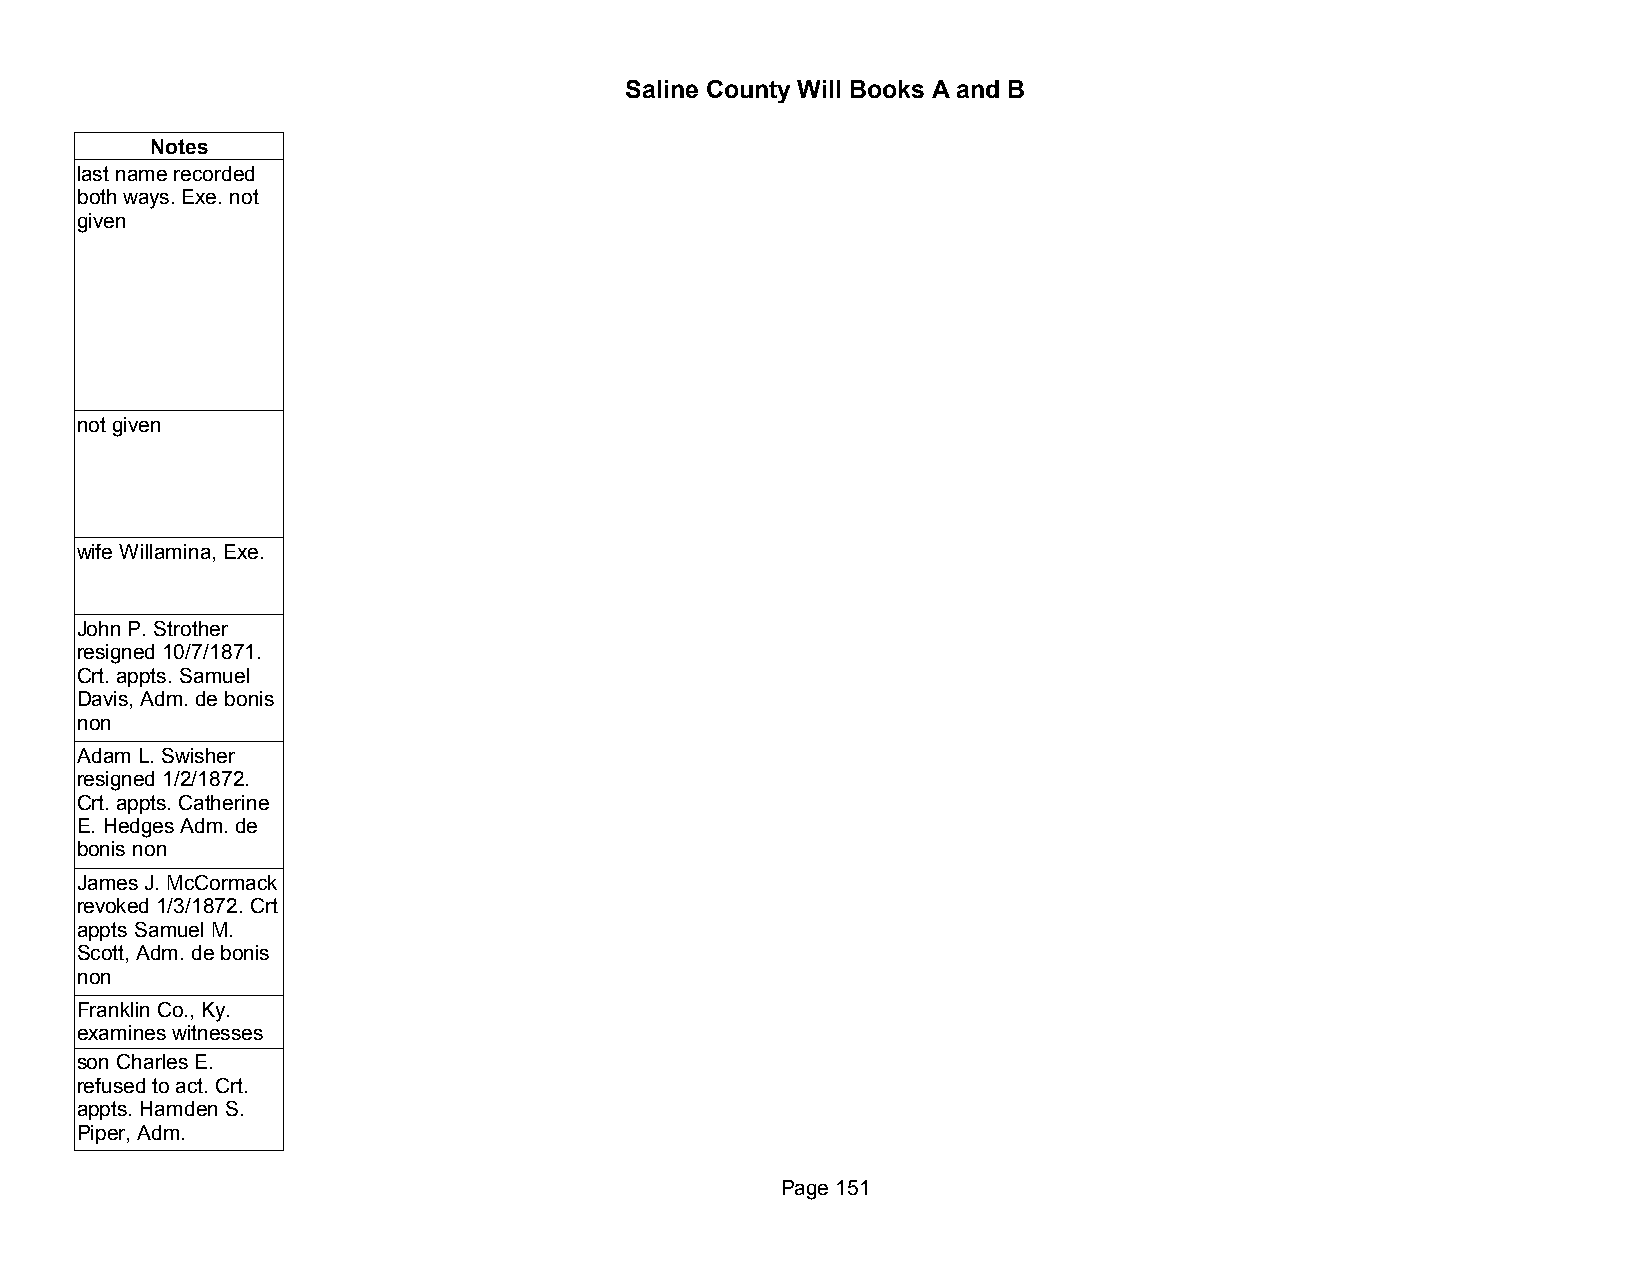
Saline County Will Books A and B
 Notes
 last name recorded
 both ways. Exe. not
 given
 not given
 wife Willamina, Exe.
 John P. Strother
 resigned 10/7/1871.
 Crt. appts. Samuel
 Davis, Adm. de bonis
 non
 Adam L. Swisher
 resigned 1/2/1872.
 Crt. appts. Catherine
 E. Hedges Adm. de
 bonis non
 James J. McCormack
 revoked 1/3/1872. Crt
 appts Samuel M.
 Scott, Adm. de bonis
 non
 Franklin Co., Ky.
 examines witnesses
 son Charles E.
 refused to act. Crt.
 appts. Hamden S.
 Piper, Adm.
 Page 151